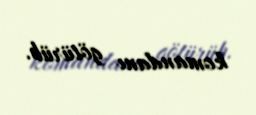
komandanı götürüb.